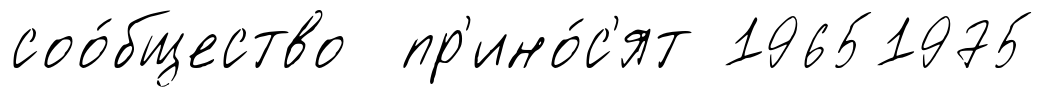
соо́бщество пр'ино́с'ят 19651975